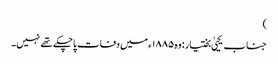
)
جناب یحییٰ بختیار: وہ ۱۸۸۵ء میں وفات پاچکے تھے نہیں۔